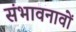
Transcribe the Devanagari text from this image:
संभावनावों